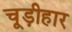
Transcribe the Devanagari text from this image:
चूड़ीहार